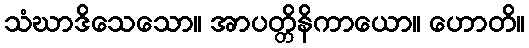
သံဃာဒိသေသော။ အာပတ္တိနိကာယော။ ဟောတိ။